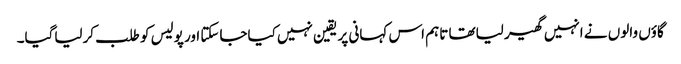
گاؤں والوں نے انہیں گھیر لیاتھا تاہم اس کہانی پر یقین نہیں کیاجاسکتا اور پولیس کو طلب کرلیاگیا۔